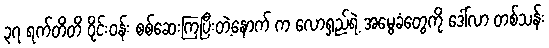
၃၇ ရက်တိတိ ဝိုင်းဝန်း စစ်ဆေးကြပြီးတဲ့နောက် က လောရှည်ရဲ့ အမွေခံတွေကို ဒေါ်လာ တစ်သန်း